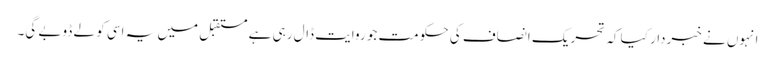
انہوں نے خبردار کیا کہ تحریک انصاف کی حکومت جو روایت ڈال رہی ہے مستقبل میں یہ اسی کو لے ڈوبے گی۔